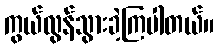
ကွယ်လွန်သွားခဲ့ကြပါတယ်။